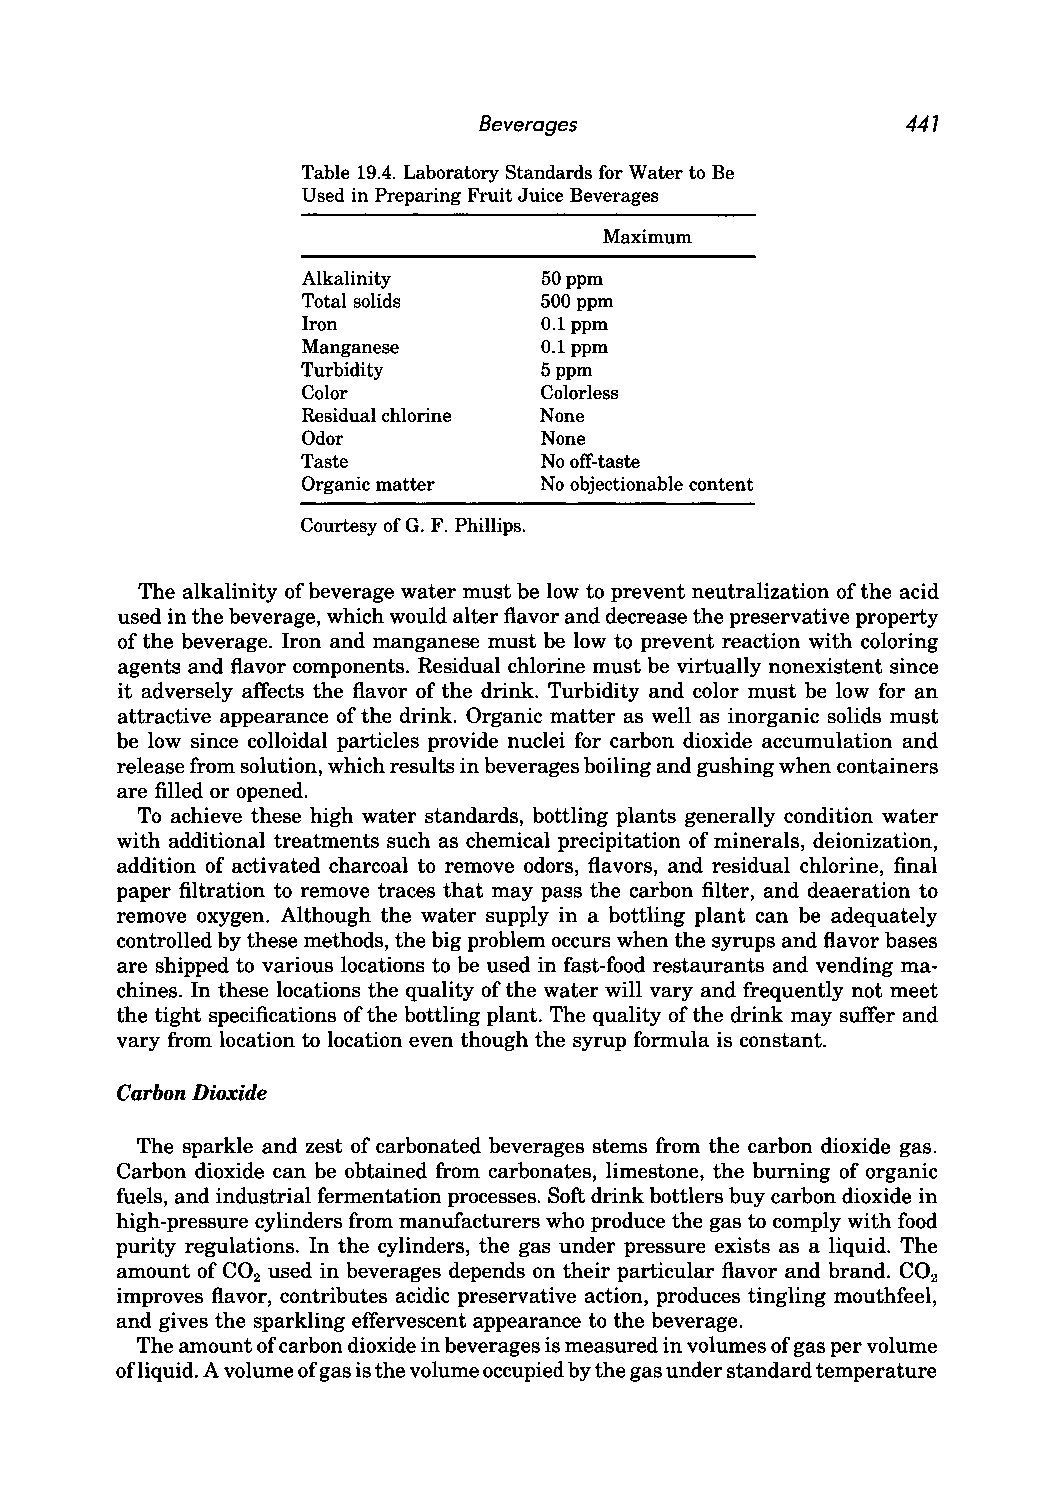
Beverages                   441
 Table 19.4. Laboratory Standards for Water to Be
 Used in Preparing Fruit Juice Beverages
 Maximum
 Alkalinity      50 ppm
 Total solids    500 ppm
 Iron            0.1 ppm
 Manganese       0.1 ppm
 Turbidity       5 ppm
 Color           Colorless
 Residual chlorine None
 Odor            None
 Taste           No off-taste
 Organic matter  No objectionable content
 Courtesy of G. F. Phillips.
 The alkalinity of beverage water must be low to prevent neutralization of the acid
 used in the beverage, which would alter flavor and decrease the preservative property
 of the beverage. Iron and manganese must be low to prevent reaction with coloring
 agents and flavor components. Residual chlorine must be virtually nonexistent since
 it adversely affects the flavor of the drink. Turbidity and color must be low for an
 attractive appearance of the drink. Organic matter as well as inorganic solids must
 be low since colloidal particles provide nuclei for carbon dioxide accumulation and
 release from solution, which results in beverages boiling and gushing when containers
 are filled or opened.
 To achieve these high water standards, bottling plants generally condition water
 with additional treatments such as chemical precipitation of minerals, deionization,
 addition of activated charcoal to remove odors, flavors, and residual chlorine, final
 paper filtration to remove traces that may pass the carbon filter, and de aeration to
 remove oxygen. Although the water supply in a bottling plant can be adequately
 controlled by these methods, the big problem occurs when the syrups and flavor bases
 are shipped to various locations to be used in fast-food restaurants and vending ma
 chines. In these locations the quality of the water will vary and frequently not meet
 the tight specifications of the bottling plant. The quality of the drink may suffer and
 vary from location to location even though the syrup formula is constant.
 Carbon Dioxide
 The sparkle and zest of carbonated beverages stems from the carbon dioxide gas.
 Carbon dioxide can be obtained from carbonates, limestone, the burning of organic
 fuels, and industrial fermentation processes. Soft drink bottlers buy carbon dioxide in
 high-pressure cylinders from manufacturers who produce the gas to comply with food
 purity regulations. In the cylinders, the gas under pressure exists as a liquid. The
 amount of CO used in beverages depends on their particular flavor and brand. CO
 2                                            2
 improves flavor, contributes acidic preservative action, produces tingling mouthfeel,
 and gives the sparkling effervescent appearance to the beverage.
 The amount of carbon dioxide in beverages is measured in volumes of gas per volume
 ofliquid. A volume of gas is the volume occupied by the gas under standard temperature